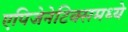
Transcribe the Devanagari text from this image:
एपिजेनेटिक्समध्ये